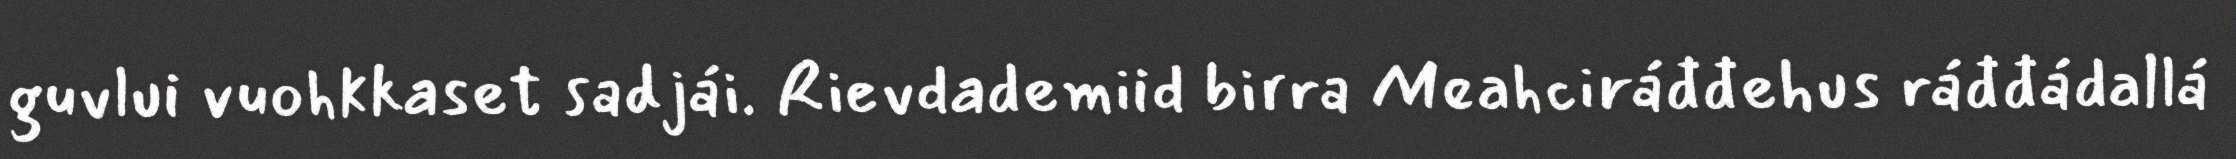
guvlui vuohkkaset sadjái. Rievdademiid birra Meahciráđđehus ráđđádallá